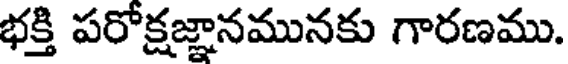
భక్తి పరోక్షజ్ఞానమునకు గారణము.